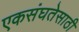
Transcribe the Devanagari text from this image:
एकसंघतेसाठी